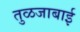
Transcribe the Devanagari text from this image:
तुळजाबाई